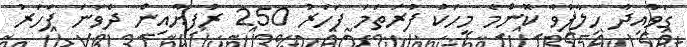
ގަވާއިދާ ހިލާފުވާ ކޮންމެ މީހަކު ފުރަތަމަ ފަހަރު 250 ރުފިޔާއިން ދެވަނަ ފަހަރު